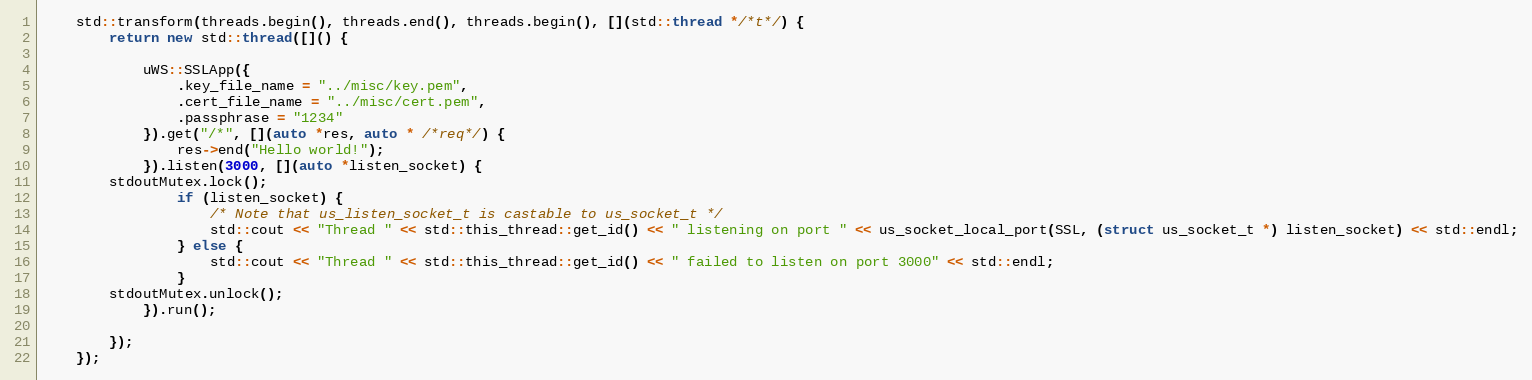
Language: C++
    std::transform(threads.begin(), threads.end(), threads.begin(), [](std::thread */*t*/) {
        return new std::thread([]() {

            uWS::SSLApp({
                .key_file_name = "../misc/key.pem",
                .cert_file_name = "../misc/cert.pem",
                .passphrase = "1234"
            }).get("/*", [](auto *res, auto * /*req*/) {
                res->end("Hello world!");
            }).listen(3000, [](auto *listen_socket) {
		stdoutMutex.lock();
                if (listen_socket) {
                    /* Note that us_listen_socket_t is castable to us_socket_t */
                    std::cout << "Thread " << std::this_thread::get_id() << " listening on port " << us_socket_local_port(SSL, (struct us_socket_t *) listen_socket) << std::endl;
                } else {
                    std::cout << "Thread " << std::this_thread::get_id() << " failed to listen on port 3000" << std::endl;
                }
		stdoutMutex.unlock();
            }).run();

        });
    });